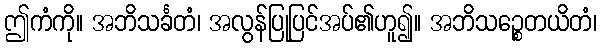
ဤကံကို။ အဘိသင်္ခတံ၊ အလွန်ပြုပြင်အပ်၏ဟူ၍။ အဘိသဉ္စေတယိတံ၊